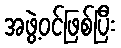
အဖွဲ့ဝင်ဖြစ်ပြီး